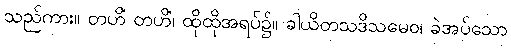
သည်ကား။ တဟိံ တဟိံ၊ ထိုထိုအရပ်၌။ ခါယိတသဒိသမေဝ၊ ခဲအပ်သော